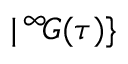
| \, ^ { \infty } \! G ( \tau ) \}